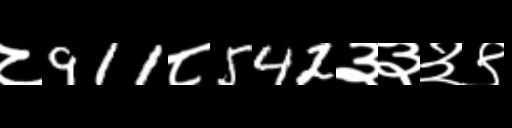
Text: ८911८542३३३९